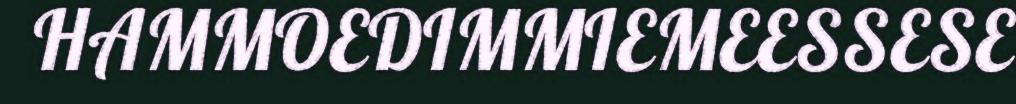
HAMMOEDIMMIEMEESSESE